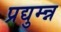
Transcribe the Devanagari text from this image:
प्रद्युम्न्न